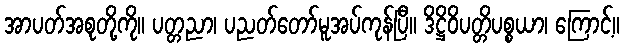
အာပတ်အစုတို့ကို။ ပတ္တညာ၊ ပညတ်တော်မူအပ်ကုန်ပြီ။ ဒိဋ္ဌိဝိပတ္တိပစ္စယာ၊ ကြောင့်။